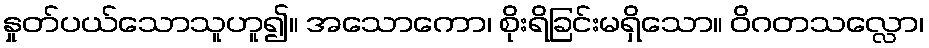
နှုတ်ပယ်သောသူဟူ၍။ အသောကော၊ စိုးရိခြင်းမရှိသော။ ဝိဂတသလ္လော၊